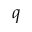
q